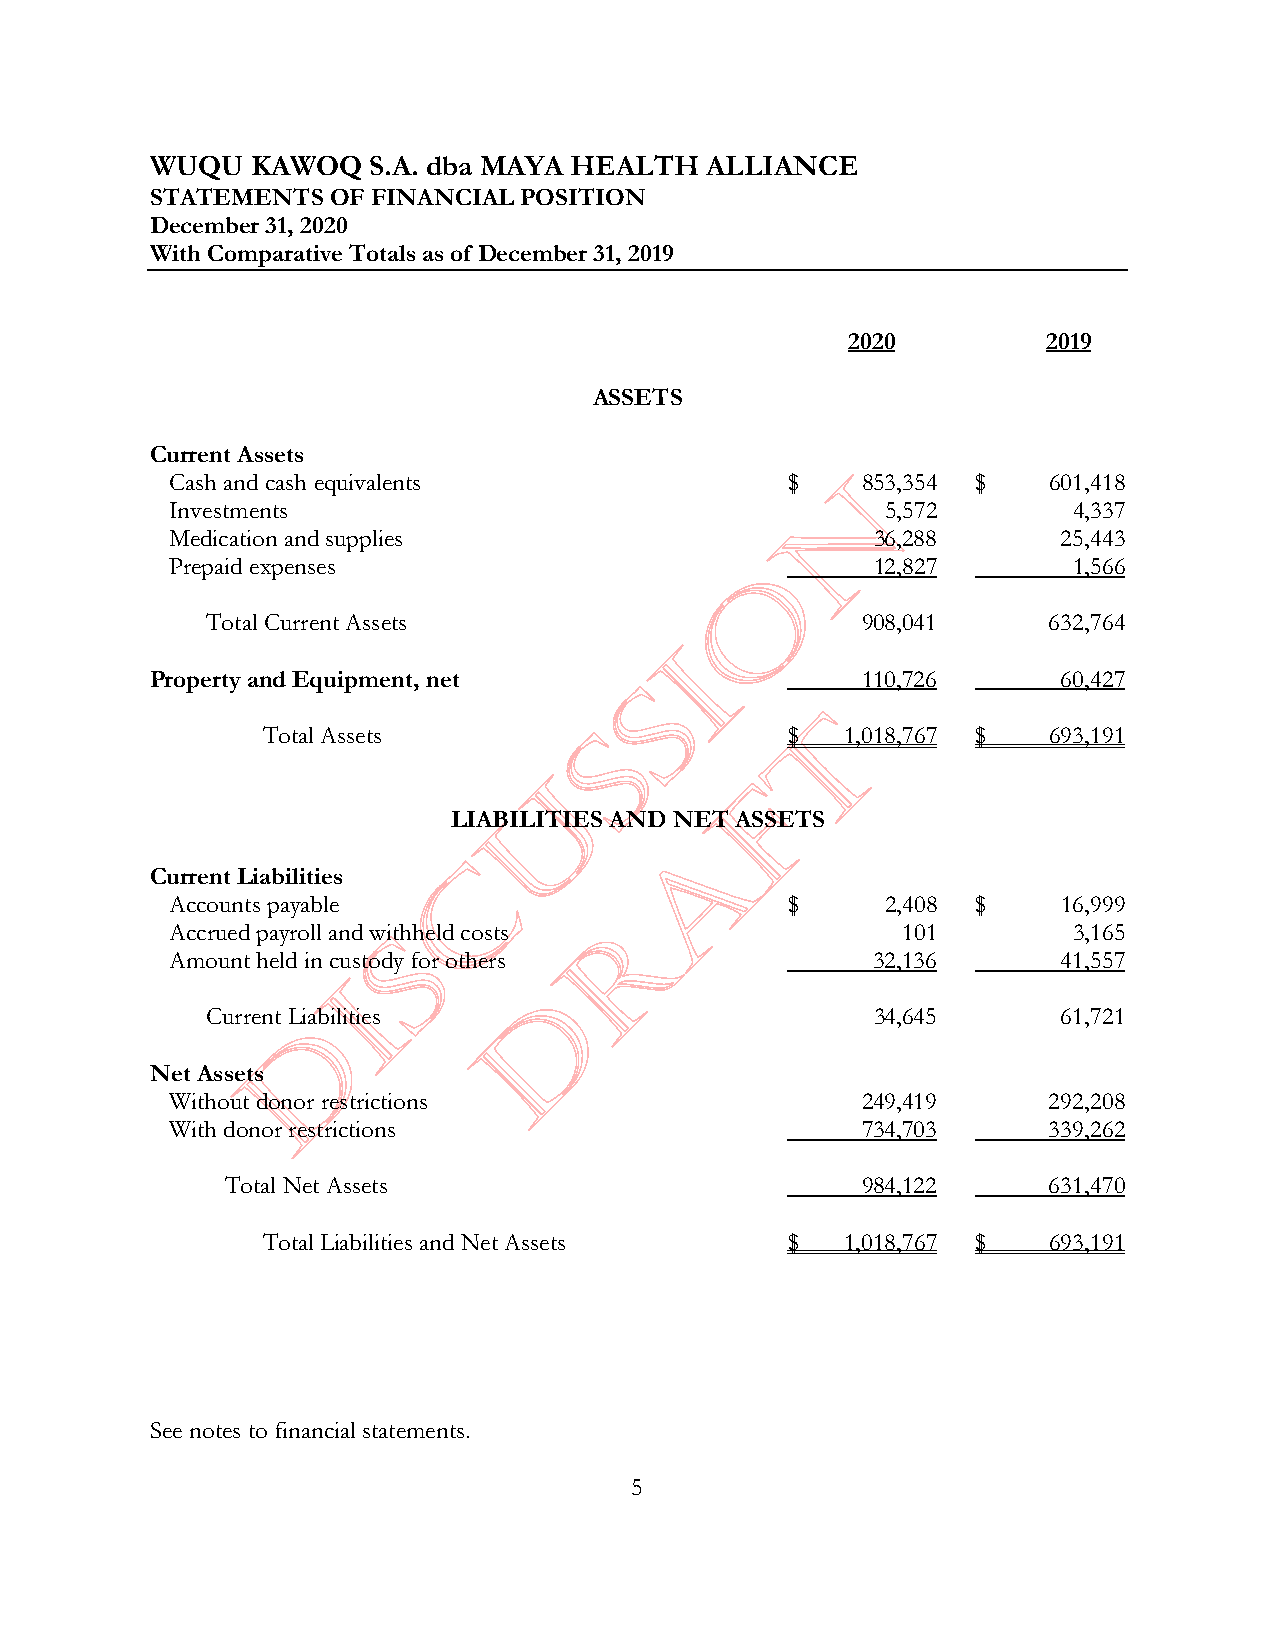
WUQU   KAWOQ  S.A. dba MAYA HEALTH   ALLIANCE
 STATEMENTSOF   FINANCIAL POSITION
 December 31, 2020
 With Comparative Totals as of December 31, 2019
 2020         2019
 ASSETS
 C urrent Assets
 Cashand cash equivalents                 $    853,354 $   601,418
 Investments                                     5,572       4,337
 Medication and supplies                        36,288      25,443
 Prepaid expenses                               12,827       1,566
 Total Current Assets                       908,041     632,764
 Property and Equipment, net                    110,726      60,427
 Total Assets                       $   1,018,767 $  693,191
 LIABILITIES AND NET ASSETS
 Current Liabilities
 Accounts payable                         $      2,408 $    16,999
 Accrued payroll and withheld costs               101        3,165
 Amount held in custody for others              32,136      41,557
 Current Liabilities                         34,645      61,721
 Net Assets
 Without donor restrictions                    249,419     292,208
 With donor restrictions                       734,703     339,262
 Total Net Assets                          984,122     631,470
 Total Liabilities and Net Assets   $   1,018,767 $  693,191
 See notes to financial statements.
 5